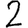
Digit: 2